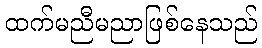
ထက်မညီမညာဖြစ်နေသည်